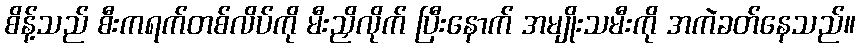
စိန့်သည် စီးကရက်တစ်လိပ်ကို မီးညှိလိုက် ပြီးနောက် အမျိုးသမီးကို အကဲခတ်နေသည်။